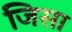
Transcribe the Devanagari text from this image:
जिसा